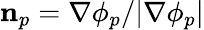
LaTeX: \mathbf{n}_{p}=\nabla\phi_{p}/|\nabla\phi_{p}|